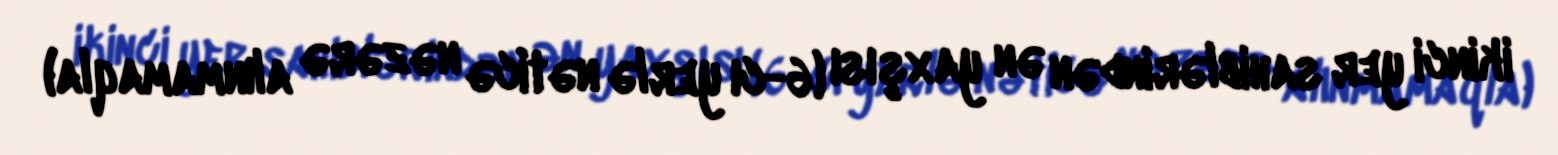
ikinci yer sahiblərindən ən yaxşısı (6-cı yerlə nəticə nəzərə alınmamaqla)